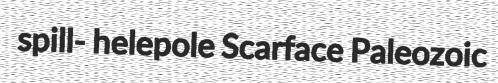
spill- helepole Scarface Paleozoic